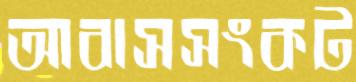
আবাসসংকট